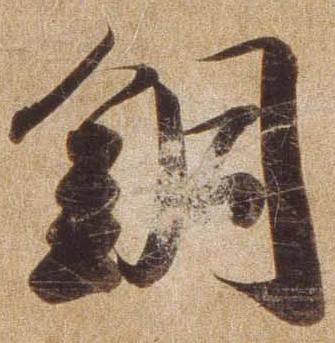
銅